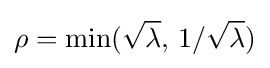
\rho =\min({\sqrt {\lambda }},\,1/{\sqrt {\lambda }})